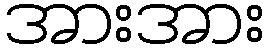
အားအား